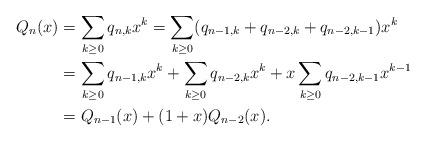
LaTeX: \begin{align*} Q_n(x) &= \sum_{k\ge 0}q_{n,k}x^k = \sum_{k\ge 0}(q_{n-1,k} + q_{n-2,k} + q_{n-2,k-1})x^k \\ &= \sum_{k\ge 0}q_{n-1,k}x^k + \sum_{k\ge 0}q_{n-2,k}x^k + x\sum_{k\ge 0}q_{n-2,k-1}x^{k-1} \\ &= Q_{n-1}(x) + (1+x)Q_{n-2}(x).\end{align*}